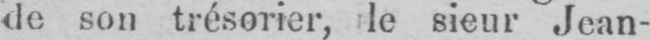
de son trésorier, le sieur Jean-